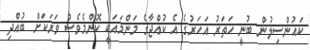
ކައުންސިލުން ބުނީ ހަތަރު އަހަރުގެ އެ ކުއްޖާގެ މަންމައަކީ ކޮންމެވެސް ވަރަކަށް ބުއްދި